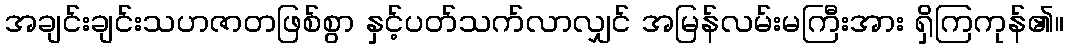
အချင်းချင်းသဟဇာတဖြစ်စွာ နှင့်ပတ်သက်လာလျှင် အမြန်လမ်းမကြီးအား ရှိကြကုန်၏။